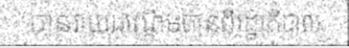
បានវាយដណ្តើមបានពីរដ្ឋាភិបាល